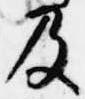
及